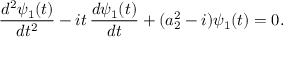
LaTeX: \frac { d ^ { 2 } \psi _ { 1 } ( t ) } { d t ^ { 2 } } - i t \, \frac { d \psi _ { 1 } ( t ) } { d t } + ( a _ { 2 } ^ { 2 } - i ) \psi _ { 1 } ( t ) = 0 .